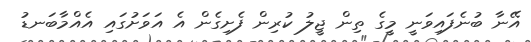
އޭނާ ބުނެފައިވަނީ މީގެ ތިން ޖީލު ކުރިން ފެށިގެން އެ އަވަށުގައި އެއްމާބަނޑު